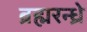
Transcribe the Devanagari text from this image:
ब्रह्मरन्ध्रे